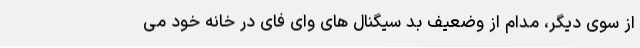
از سوی دیگر،‌ مدام از وضعیف بد سیگنال های وای فای در خانه خود می